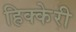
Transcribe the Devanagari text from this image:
हिक्केरी